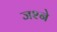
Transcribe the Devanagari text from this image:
जश्ने